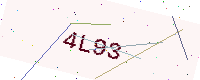
Text: 4L93